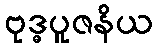
ဗုဒ္ဓပူဇနိယ